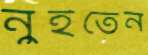
নুইতেন